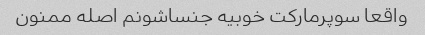
واقعا سوپرمارکت خوبیه جنساشونم اصله ممنون